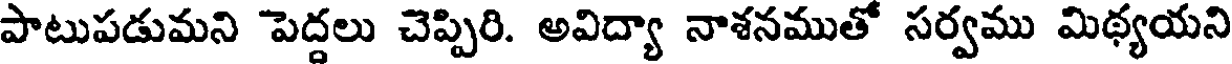
పాటుపడుమని పెద్దలు చెప్పిరి. అవిద్యా నాశనముతో సర్వము మిథ్యయని